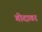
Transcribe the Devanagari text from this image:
गोदावर